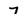
Character: 7